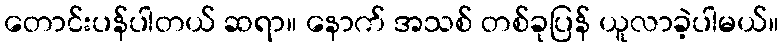
တောင်းပန်ပါတယ် ဆရာ။ နောက် အသစ် တစ်ခုပြန် ယူလာခဲ့ပါမယ်။